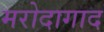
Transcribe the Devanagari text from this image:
मरोदागाद